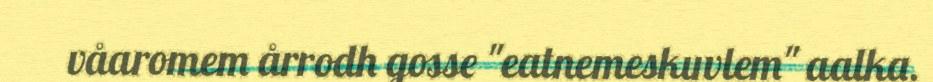
våaromem årrodh gosse "eatnemeskuvlem" aalka.